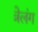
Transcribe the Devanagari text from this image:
त्रेलंग